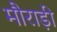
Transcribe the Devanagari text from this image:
मौराड़ी